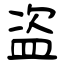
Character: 盗